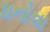
ધનોવા